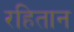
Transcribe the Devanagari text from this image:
रहितान